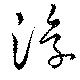
浮